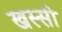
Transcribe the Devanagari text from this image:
खस्सी